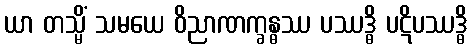
ယာ တသ္မိံ သမယေ ဝိညာဏက္ခန္ဓဿ ပဿဒ္ဓိ ပဋိပဿဒ္ဓိ